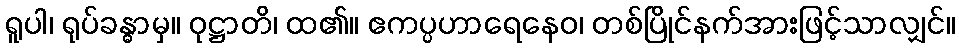
ရူပါ၊ ရုပ်ခန္ဓာမှ။ ဝုဋ္ဌာတိ၊ ထ၏။ ဧကပ္ပဟာရေနေဝ၊ တစ်ပြိုင်နက်အားဖြင့်သာလျှင်။